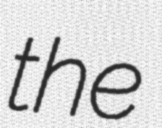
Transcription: the